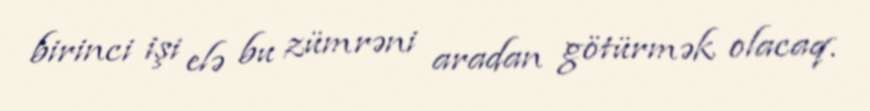
birinci işi elə bu zümrəni aradan götürmək olacaq.